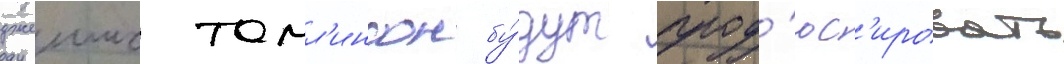
джеимс томл'инсон бу́дут прод'юс'ировать